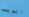
الويب